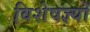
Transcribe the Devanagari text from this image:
विशेषज्ञ्यों